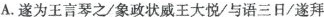
A.遂为王言琴之/象政状威王大悦/与语三日/遂拜